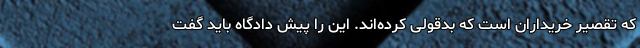
که تقصیر خریداران است که بدقولی کرده‌اند. این را پیش دادگاه باید گفت